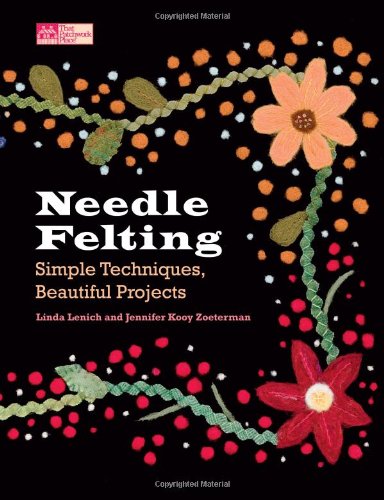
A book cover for Needle Felting: Simple Techniques, Beautiful Projects; Linda Lenich; Crafts, Hobbies & Home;